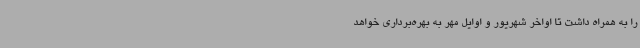
را به همراه داشت تا اواخر شهریور و اوایل مهر به بهره‌برداری خواهد